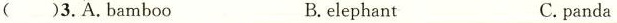
( )3.A.Bamboo B.elephant C.panda